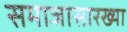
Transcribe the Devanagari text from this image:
समाजासारख्या